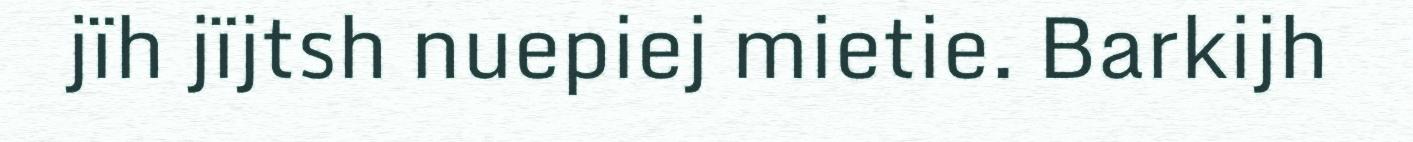
jïh jïjtsh nuepiej mietie. Barkijh